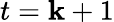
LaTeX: t=\mathbf{k}+1